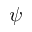
\psi